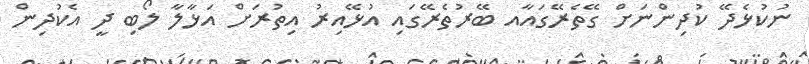
ނުކުޅެދޭ ކުދިންނަށް ގޭތެރޭގައާއ ބޭރުތެރޭގައި އުޅޭއިރު އިތުރަށް އަޅާލާ ލޯބި ދީ އެކުދިން